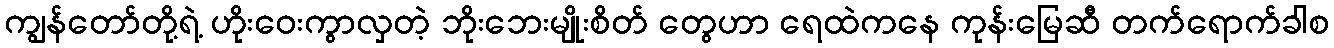
ကျွန်တော်တို့ရဲ့ ဟိုးဝေးကွာလှတဲ့ ဘိုးဘေးမျိုးစိတ် တွေဟာ ရေထဲကနေ ကုန်းမြေဆီ တက်ရောက်ခါစ